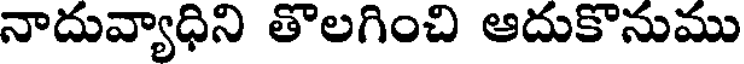
నాదువ్యాధిని తొలగించి ఆదుకొనుము